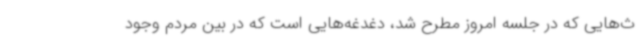
ث‌هایی که در جلسه امروز مطرح شد، دغدغه‌هایی است که در بین مردم وجود